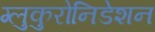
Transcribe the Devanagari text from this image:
ग्लुकुरोनिडेशन